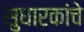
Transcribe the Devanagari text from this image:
सुधारकांचे